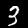
Digit: 3